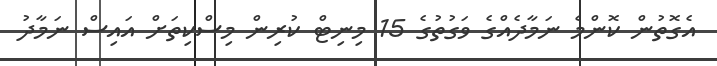
އެގޮތުން ކޮންމެ ނަމާދެއްގެ ވަގުތުގެ 15 މިނިޓް ކުރިން މިސްކިތަށް އައިސް ނަމާދު